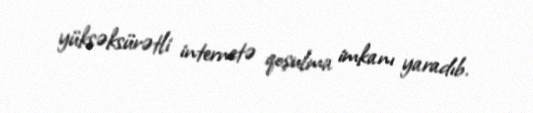
yüksəksürətli internetə qoşulma imkanı yaradıb.